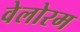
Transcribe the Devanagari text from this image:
वेलोरम